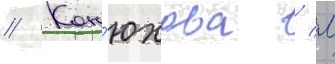
// Кон'юхова / л